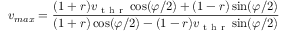
v _ { m a x } = \frac { ( 1 + r ) v _ { \mathrm { ~ t ~ h ~ r ~ } } \cos ( \varphi / 2 ) + ( 1 - r ) \sin ( \varphi / 2 ) } { ( 1 + r ) \cos ( \varphi / 2 ) - ( 1 - r ) v _ { \mathrm { ~ t ~ h ~ r ~ } } \sin ( \varphi / 2 ) }